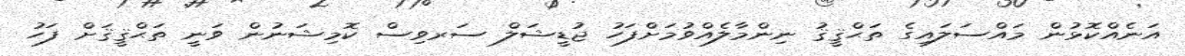
އަނެއްކޮޅުން މައްސަލައިގެ ތަޙްޤީޤު ނިންމާލެއްވުމަށްފަހު ޖުޑީޝަލް ސަރވިސް ކޮމިޝަނުން ވަނީ ތަޙްޤީޤަށް ފަހު